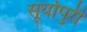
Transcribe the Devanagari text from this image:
सूर्यापुरी